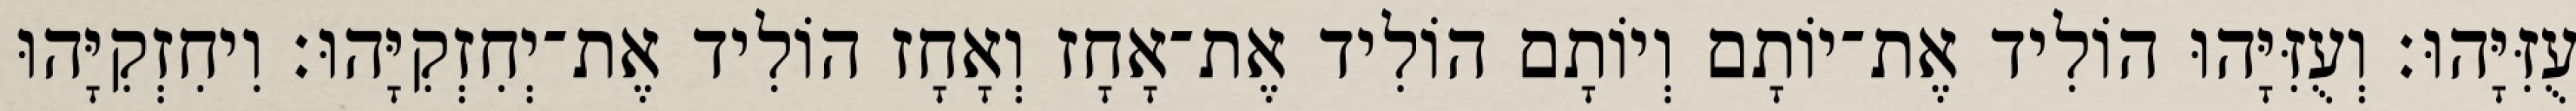
עֻזִּיָּהוּ׃ וְעֻזִּיָּהוּ הוֹלִיד אֶת־יוֹתָם וְיוֹתָם הוֹלִיד אֶת־אָחָז וְאָחָז הוֹלִיד אֶת־יְחִזְקִיָּהוּ׃ וִיחִזְקִיָּהוּ